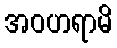
အဝဟရာမိ